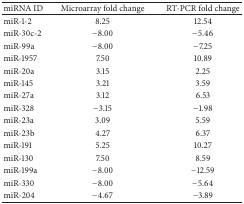
<table><thead><tr><td><b>miRNA ID</b></td><td><b>Microarray fold change</b></td><td><b>RT-PCR fold change</b></td></tr></thead><tbody><tr><td>miR-1-2</td><td> 8.25</td><td>12.54</td></tr><tr><td>miR-30c-2</td><td>−8.00</td><td>−5.46</td></tr><tr><td>miR-99a</td><td>−8.00</td><td>−7.25</td></tr><tr><td>miR-1957</td><td> 7.50</td><td>10.89</td></tr><tr><td>miR-20a</td><td> 3.15</td><td> 2.25</td></tr><tr><td>miR-145</td><td> 3.21</td><td> 3.59</td></tr><tr><td>miR-27a</td><td> 3.12</td><td> 6.53</td></tr><tr><td>miR-328</td><td>−3.15</td><td>−1.98</td></tr><tr><td>miR-23a</td><td> 3.09</td><td> 5.59</td></tr><tr><td>miR-23b</td><td> 4.27</td><td> 6.37</td></tr><tr><td>miR-191</td><td> 5.25</td><td>10.27</td></tr><tr><td>miR-130</td><td> 7.50</td><td> 8.59</td></tr><tr><td>miR-199a</td><td>−8.00</td><td>−12.59</td></tr><tr><td>miR-330</td><td>−8.00</td><td>−5.64</td></tr><tr><td>miR-204</td><td>−4.67</td><td>−3.89</td></tr></tbody></table>